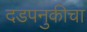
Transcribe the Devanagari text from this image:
दडपनुकीचा